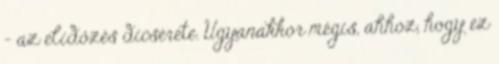
- az elidőzés dicsérete. Ugyanakkor mégis, ahhoz, hogy ez